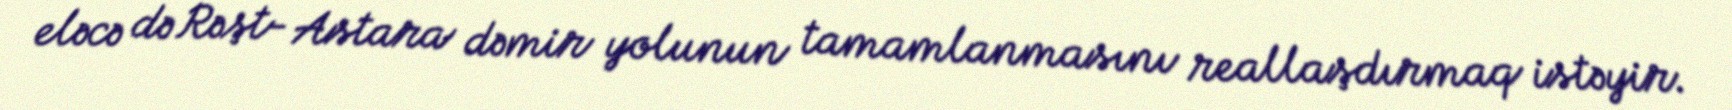
eləcə də Rəşt- Astara dəmir yolunun tamamlanmasını reallaşdırmaq istəyir.